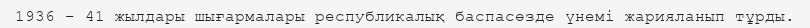
1936 – 41 жылдары шығармалары республикалық баспасөзде үнемі жарияланып тұрды.